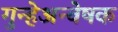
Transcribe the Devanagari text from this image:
गुन्हेअन्वेषक